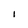
Character: I